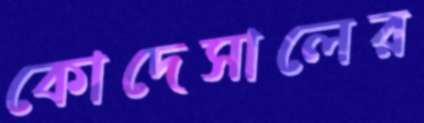
কোদেসালের